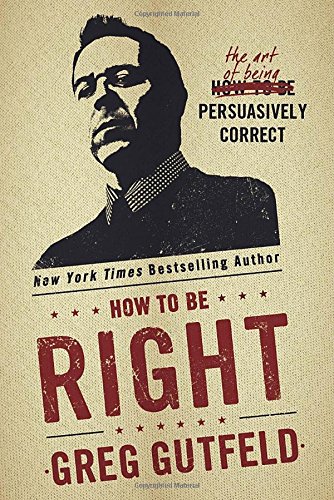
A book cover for How To Be Right: The Art of Being Persuasively Correct; Greg Gutfeld; Humor & Entertainment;